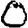
Digit: 0